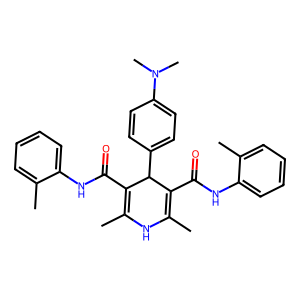
SMILES: CC1=C(C(=O)Nc2ccccc2C)C(c2ccc(N(C)C)cc2)C(C(=O)Nc2ccccc2C)=C(C)N1
Inhibits HIV replication: No